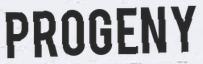
PROGENY